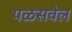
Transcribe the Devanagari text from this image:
पळसवेल